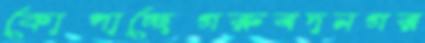
কোপাচ্ছেগরুবদনগর